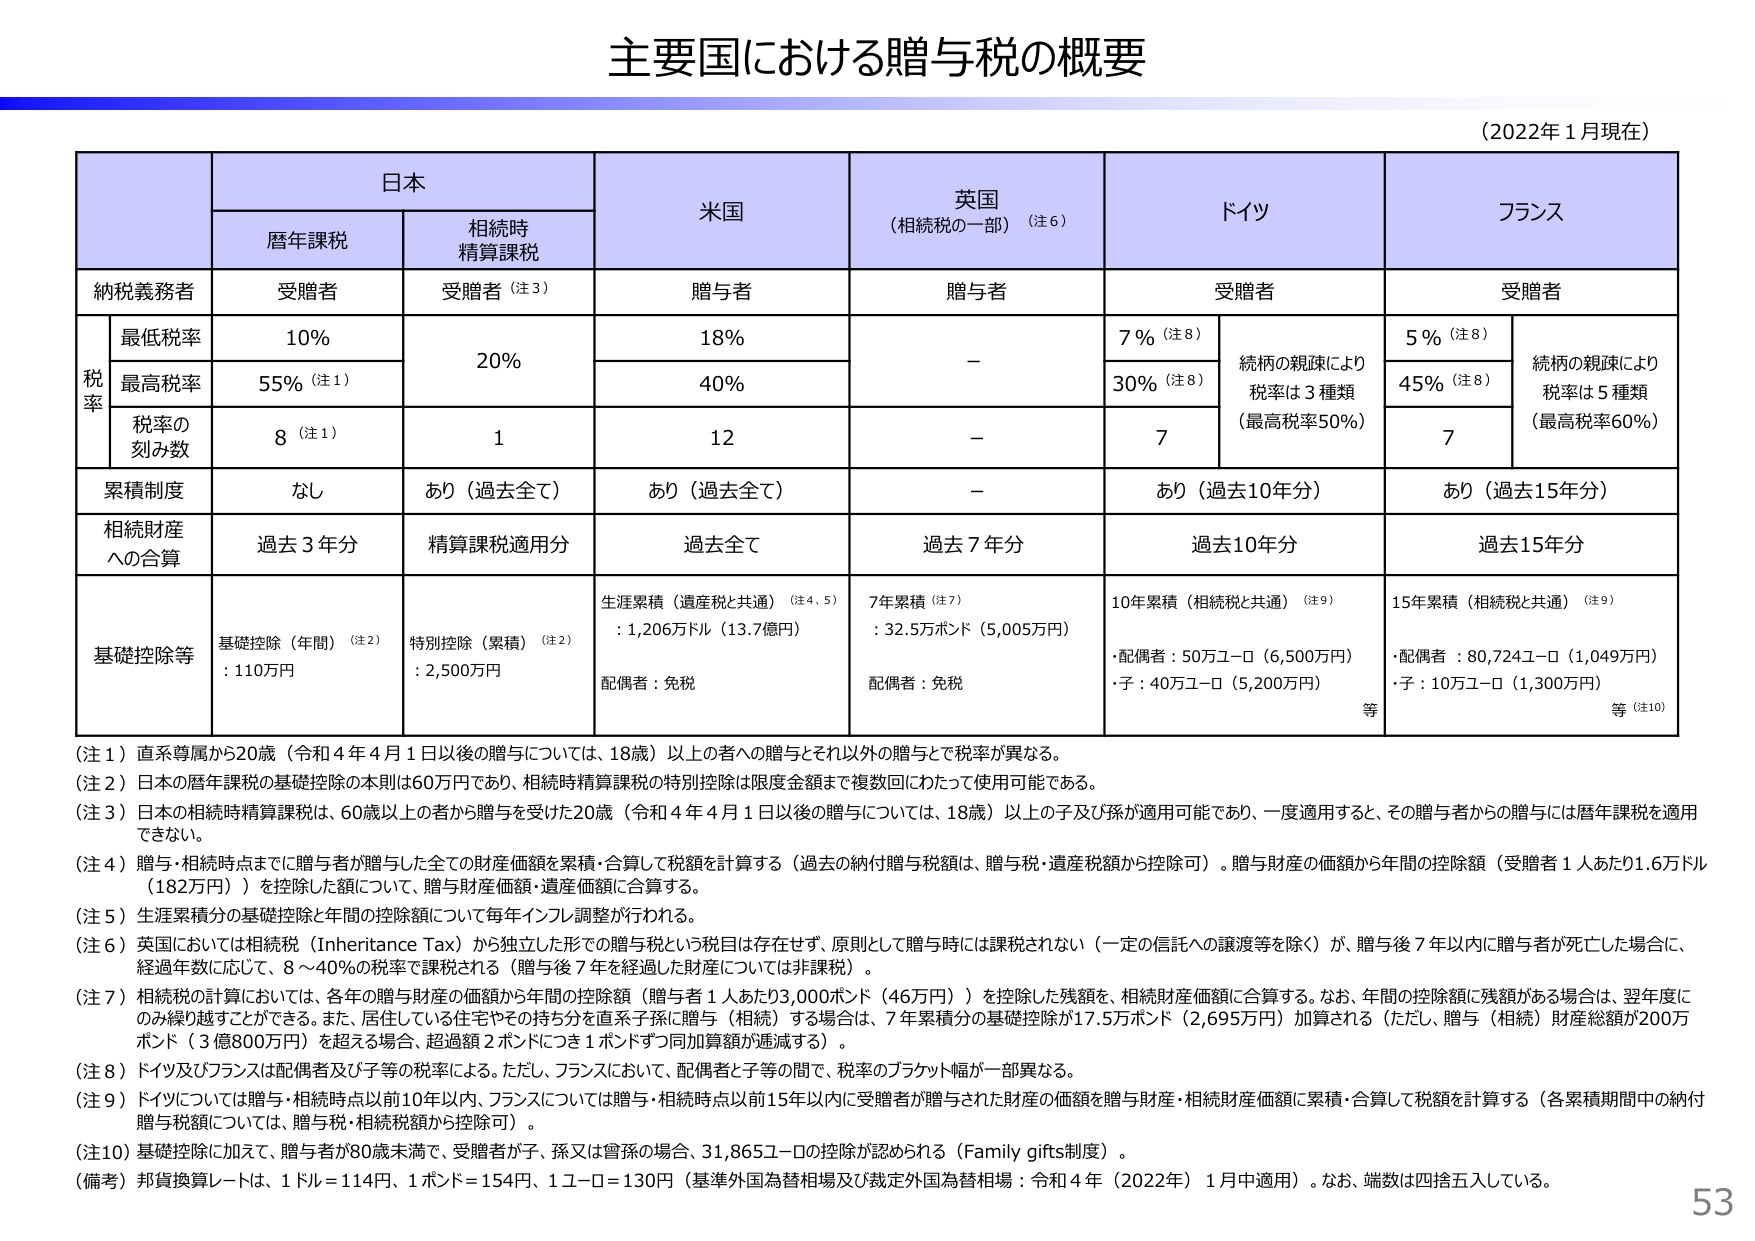
主要国における贈与税の概要

（2022年1月現在）

日本